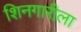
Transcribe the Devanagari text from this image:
शिनगारीला